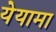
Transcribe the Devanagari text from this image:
येयामा